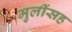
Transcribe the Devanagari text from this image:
मुलींसह